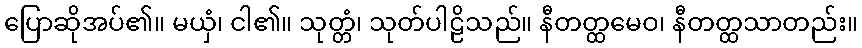
ပြောဆိုအပ်၏။ မယှံ၊ ငါ၏။ သုတ္တံ၊ သုတ်ပါဠိသည်။ နီတတ္ထမေဝ၊ နီတတ္ထသာတည်း။